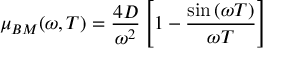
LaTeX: \mu _ { B M } ( \omega , T ) = { \frac { 4 D } { \omega ^ { 2 } } } \left[ 1 - { \frac { \sin \left( \omega T \right) } { \omega T } } \right]